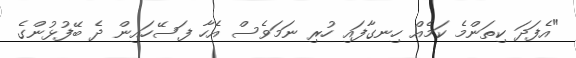
"އެފަދަ ކިތަންމެ ކަމެއް ހިނގާފައި ހުރި ނަމަވެސް އެހާ ފަސޭހައިން ދެ ބޭފުޅުންގެ